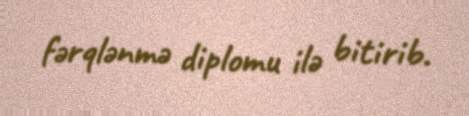
fərqlənmə diplomu ilə bitirib.